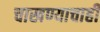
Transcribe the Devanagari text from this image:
चाखण्याचाही